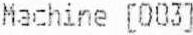
MACHINE [003]